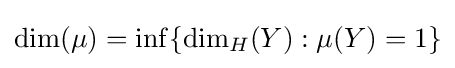
\dim(\mu )=\inf\{\dim _{H}(Y):\mu (Y)=1\}